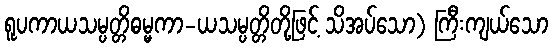
ရူပကာယသမ္ပတ္တိဓမ္မကာ-ယသမ္ပတ္တိတို့ဖြင့် သိအပ်သော) ကြီးကျယ်သော